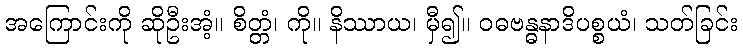
အကြောင်းကို ဆိုဦးအံ့။ စိတ္တံ၊ ကို။ နိဿာယ၊ မှီ၍။ ဝဓဗန္ဓနာဒိပစ္စယံ၊ သတ်ခြင်း